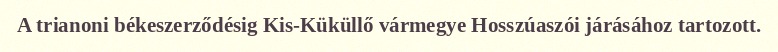
A trianoni békeszerződésig Kis-Küküllő vármegye Hosszúaszói járásához tartozott.